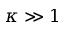
\kappa \gg 1